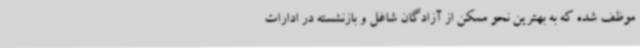
موظف شده که به بهترین نحو ممکن از آزادگان شاغل و بازنشسته در ادارات